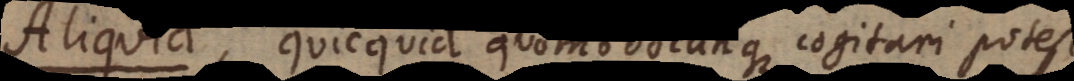
i d, quicquid quomodocunque cogitari potest,